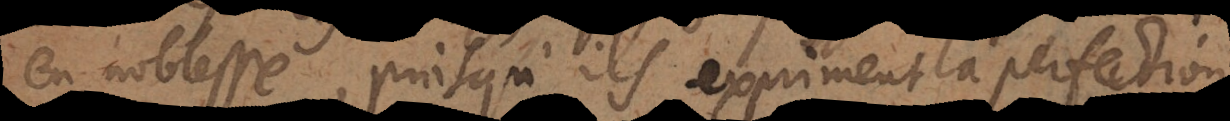
en noblesse, puisqu’ils expriment la perfection